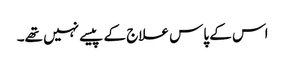
اس کے پاس علاج کے پیسے نہیں تھے۔